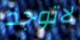
لاتوجد